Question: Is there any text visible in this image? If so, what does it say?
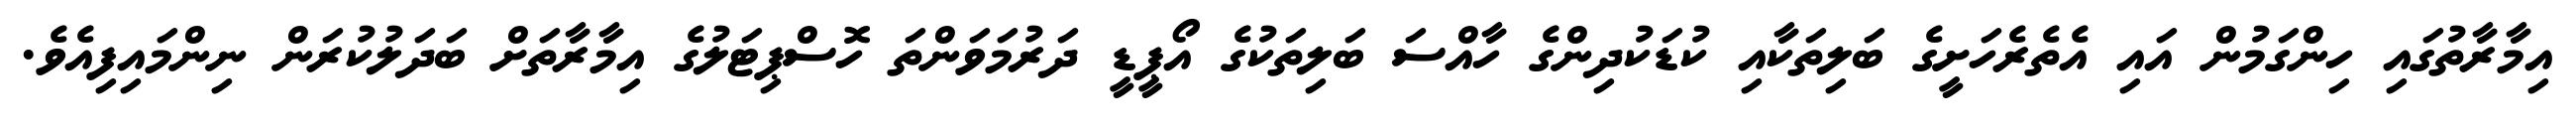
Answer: އިމާރާތުގައި ހިންގަމުން އައި އެތެރެހަށީގެ ބަލިތަކާއި ކުޑަކުދިންގެ ހާއްސަ ބަލިތަކުގެ އޯޕީޑީ ދަރުމަވަންތަ ހޮސްޕިޓަލުގެ އިމާރާތަށް ބަދަލުކުރަން ނިންމައިފިއެވެ.